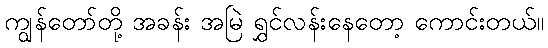
ကျွန်တော်တို့ အခန်း အမြဲ ရွှင်လန်းနေတော့ ကောင်းတယ်။